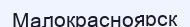
Малокрасноярск